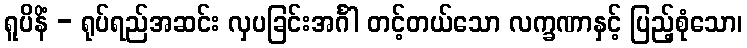
ရူပိနိံ - ရုပ်ရည်အဆင်း လှပခြင်းအင်္ဂါ တင့်တယ်သော လက္ခဏာနှင့် ပြည့်စုံသော၊